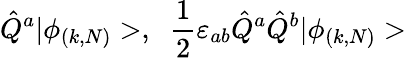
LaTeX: \hat{Q}^{a}|\phi_{(k,N)}>,\; \; \frac{1}{2}\varepsilon_{ab}\hat{Q}^{a}\hat{Q}^{b}|\phi_{(k,N)}>